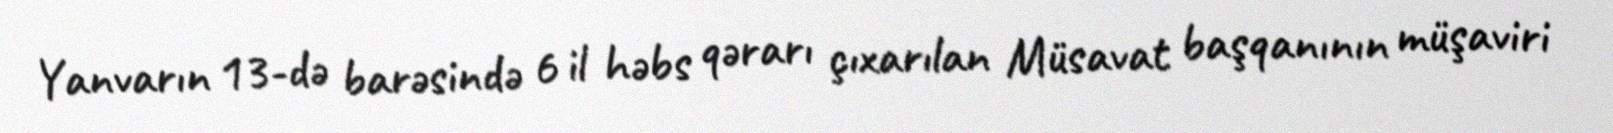
Yanvarın 13-də barəsində 6 il həbs qərarı çıxarılan Müsavat başqanının müşaviri